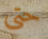
حتى